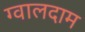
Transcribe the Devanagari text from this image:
ग्वालदाम